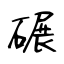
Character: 碾